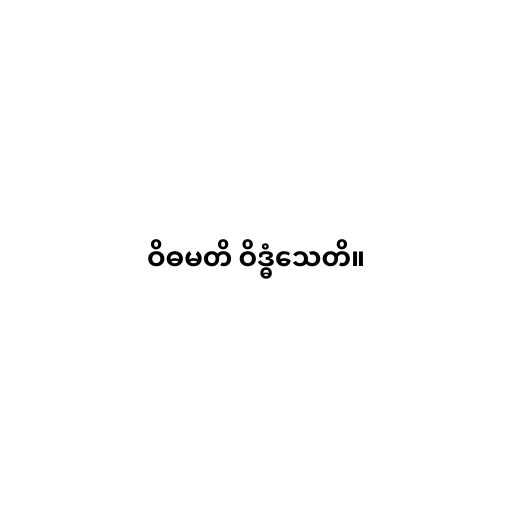
ဝိဓမတိ ဝိဒ္ဓံသေတိ။